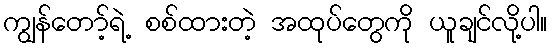
ကျွန်တော့်ရဲ့ စစ်ထားတဲ့ အထုပ်တွေကို ယူချင်လို့ပါ။